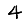
Digit: 4